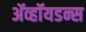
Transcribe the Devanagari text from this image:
ॲव्हॉयडन्स